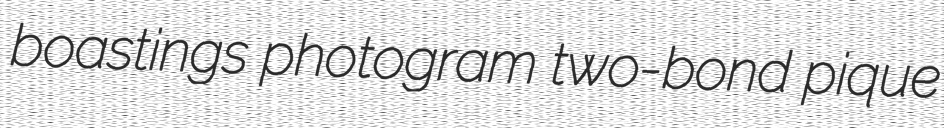
boastings photogram two-bond pique